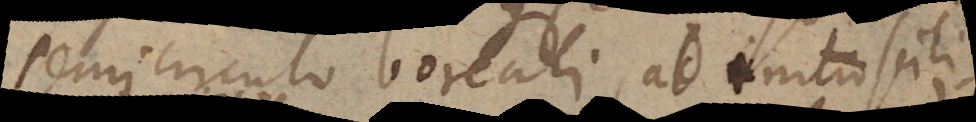
semicirculo boreali (ab initio scili-